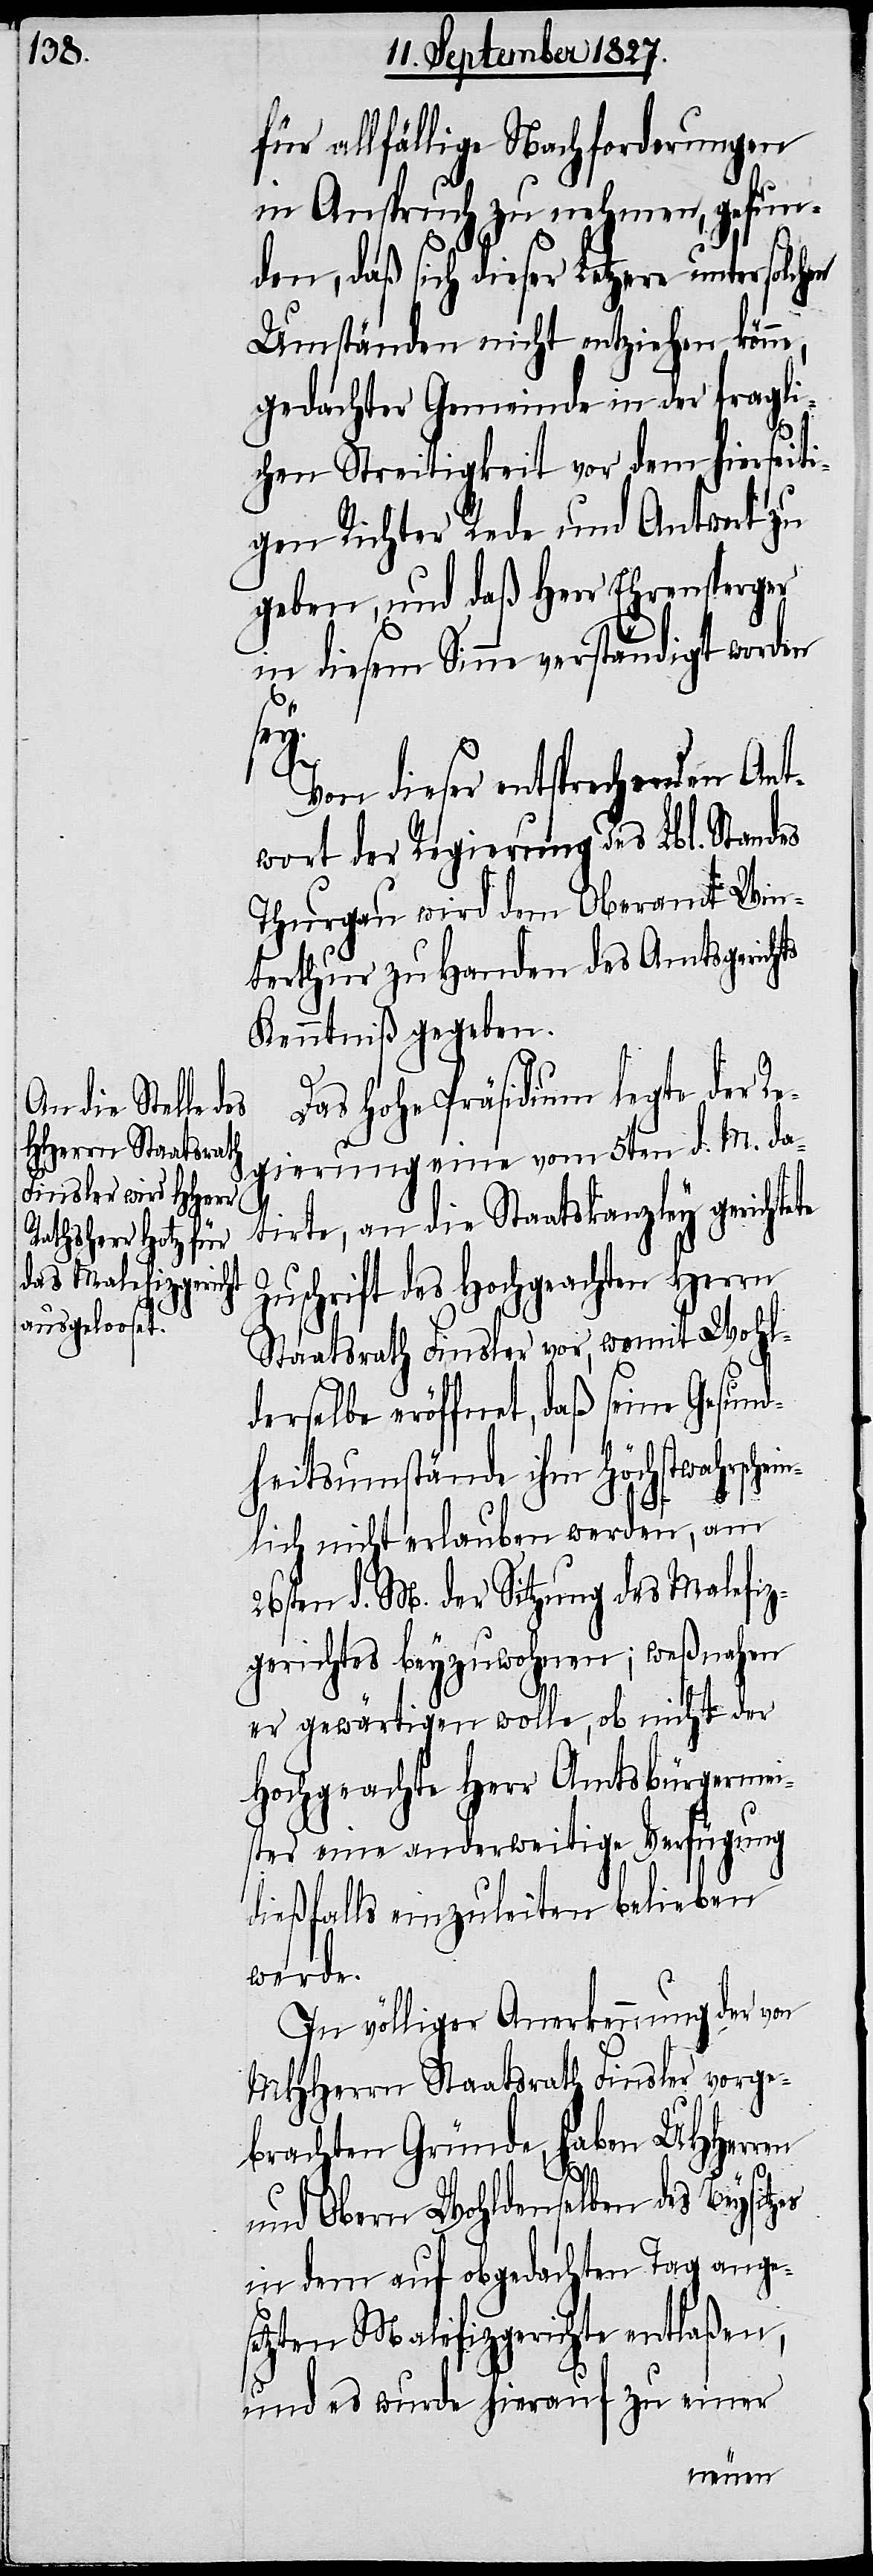
für allfällige Nachforderungen
in Anspruch zu nehmen, gefun¬
den, daß sich dieser Letzere unter
Umständen nicht entziehen könne,
gedachter Gemeinde in der fragli¬
chen Streitigkeit vor dem hierseiti¬
gen Richter Rede und Antwort zu
geben, und daß Herr Ehrensperger
in diesem Sinne verständigt worden
es
Von dieser entsprechenden Ant¬
wort der Regierung des Lb. Standes
Thurgau wird dem Oberamt Win¬
terthur zu Handen des Amtsgerichts
Kenntniß gegeben.
Das Hohe Präsidium legte der Re¬
gierung eine vom 5ten d. M. da¬
tirte, an die Staatskanzley gerichtete
Zuschrift des Hochgeachten Herrn
Staatsrath Finsler vor, womit Wohl¬
derselbe eröffnet, daß seine Gesund¬
heitsumstände ihm höchstwahrsche¬
inlich nicht erlauben werden, am
26sten d. M. der Sitzung des Malefiz¬
gerichtes beyzuwohnen; weßnahen
er gewärtigen wolle, ob nicht der
Hochgeachte Herr Amtsbürgermei¬
ster eine anderweitige Verfügung
dießfalls einzuleiten belieben
werde.
In völliger Anerkennung der von
MHHerrn Staatsrath Finsler vorge¬
brachten Gründe, haben UHHerren
und Obern Wohldenselben des Beysitz¬
in dem auf obgedachten Tag anges¬
etzten Malefizgerichte entlaßen,
und es wurde hierauf zu einer